Annual administration report of the Civil Veterinary Department, Sind - 1939-1940
Year: 1939
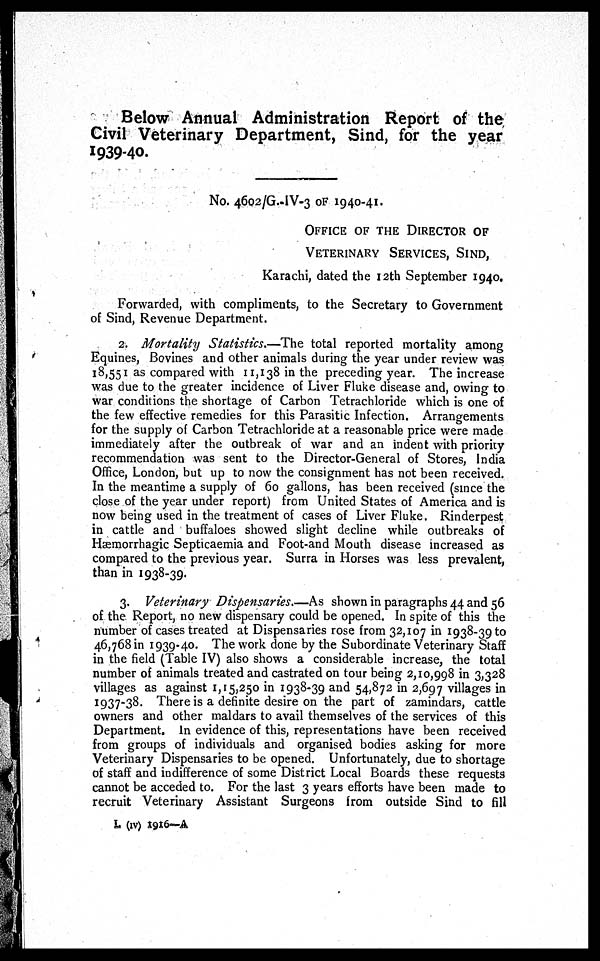
Below Annual Administration Report of the
Civil Veterinary Department, Sind, for the year
1939-40.
No. 4602/G.-IV-3 OF 1940-41.
OFFICE OF THE DIRECTOR OF
VETERINARY SERVICES, SIND,
Karachi, dated the 12th September 1940.
Forwarded, with compliments, to the Secretary to Government
of Sind, Revenue Department.
2. Mortality Statistics.—The total reported mortality among
Equines, Bovines and other animals during the year under review was
18,551 as compared with 11,138 in the preceding year. The increase
was due to the greater incidence of Liver Fluke disease and, owing to
war conditions the shortage of Carbon Tetrachloride which is one of
the few effective remedies for this Parasitic Infection. Arrangements
for the supply of Carbon Tetrachloride at a reasonable price were made
immediately after the outbreak of war and an indent with priority
recommendation was sent to the Director-General of Stores, India
Office, London, but up to now the consignment has not been received.
In the meantime a supply of 60 gallons, has been received (since the
close of the year under report) from United States of America and is
now being used in the treatment of cases of Liver Fluke. Rinderpest
in cattle and buffaloes showed slight decline while outbreaks of
Hæmorrhagic Septicaemia and Foot-and Mouth disease increased as
compared to the previous year. Surra in Horses was less prevalent,
than in 1938-39.
3. Veterinary Dispensaries.—As shown in paragraphs 44 and 56
of the Report, no new dispensary could be opened. In spite of this the
number of cases treated at Dispensaries rose from 32,107 in 1938-39 to
46,768 in 1939-40. The work done by the Subordinate Veterinary Staff
in the field (Table IV) also shows a considerable increase, the total
number of animals treated and castrated on tour being 2,10,998 in 3,328
villages as against 1,15,250 in 1938-39 and 54,872 in 2,697 villages in
1937-38. There is a definite desire on the part of zamindars, cattle
owners and other maldars to avail themselves of the services of this
Department. In evidence of this, representations have been received
from groups of individuals and organised bodies asking for more
Veterinary Dispensaries to be opened. Unfortunately, due to shortage
of staff and indifference of some District Local Boards these requests
cannot be acceded to. For the last 3 years efforts have been made to
recruit Veterinary Assistant Surgeons from outside Sind to fill
L (IV) 1916—A